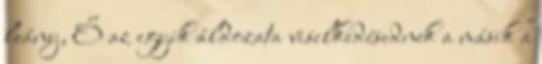
leány, Ő az egyik áldozata viselkedésednek a másik a